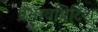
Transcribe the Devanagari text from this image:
प्रभावब्रिटिश